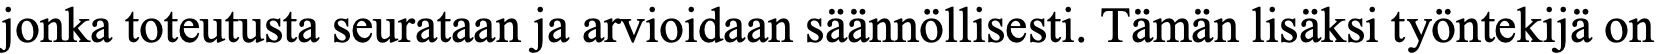
jonka toteutusta seurataan ja arvioidaan säännöllisesti. Tämän lisäksi työntekijä on